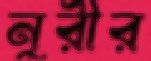
নুরীর